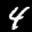
Label: 4